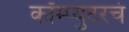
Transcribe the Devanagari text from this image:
कॉम्प्युटरचं